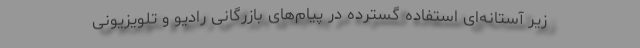
زیر آستانه‌ای استفاده‌ گسترده‌ در پیام‌های بازرگانی رادیو و تلویزیونی